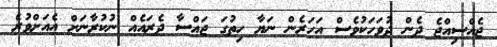
ޖެއްސިއްޖެ ދެން ދުވަހަކުވެސް އަހަރެން ނަޔާ ހިތުގަ ޖައްސާ ދެރައެއް ނުކުރާނަށް އެއަށްވުރެ